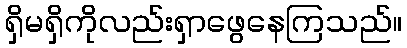
ရှိမရှိကိုလည်းရှာဖွေနေကြသည်။